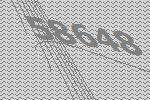
58648